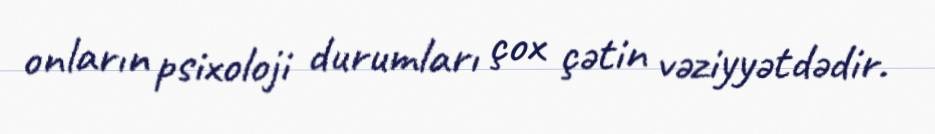
onların psixoloji durumları çox çətin vəziyyətdədir.